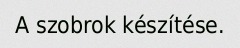
A szobrok készítése.